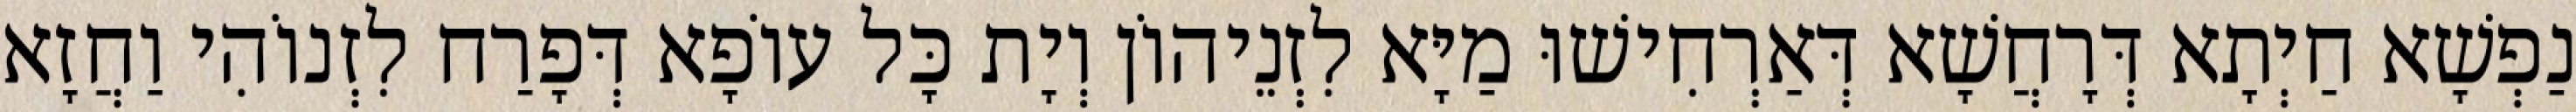
נַפְשָׁא חַיְתָא דְּרָחֲשָׁא דְּאַרְחִישׁוּ מַיָּא לִזְנֵיהוֹן וְיָת כָּל עוֹפָא דְּפָרַח לִזְנוֹהִי וַחֲזָא